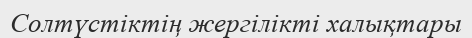
Солтүстіктің жергілікті халықтары